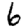
Digit: 6